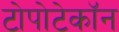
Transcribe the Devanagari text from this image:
टोपोटेकॉन